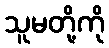
သူမတို့ကို